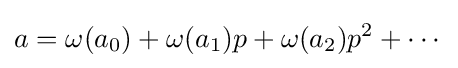
a=\omega (a_{0})+\omega (a_{1})p+\omega (a_{2})p^{2}+\cdots